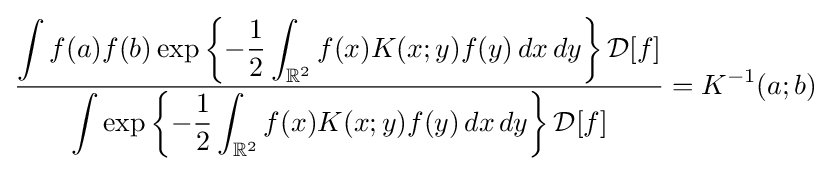
{\frac {\displaystyle \int f(a)f(b)\exp \left\lbrace -{\frac {1}{2}}\int _{\mathbb {R} ^{2}}f(x)K(x;y)f(y)\,dx\,dy\right\rbrace {\mathcal {D}}[f]}{\displaystyle \int \exp \left\lbrace -{\frac {1}{2}}\int _{\mathbb {R} ^{2}}f(x)K(x;y)f(y)\,dx\,dy\right\rbrace {\mathcal {D}}[f]}}=K^{-1}(a;b)